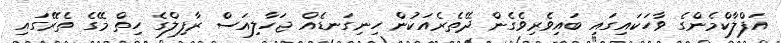
އަފްލާކްމެންގެ ވާހަކައިގައި ބައިވެރިވެގެން ދޭތެރެއަކުން ހިނިގަނޑެއް ޖަހާލިއަސް ރާފިލްގެ ހިތް މޭގެ ތެރޭގައި